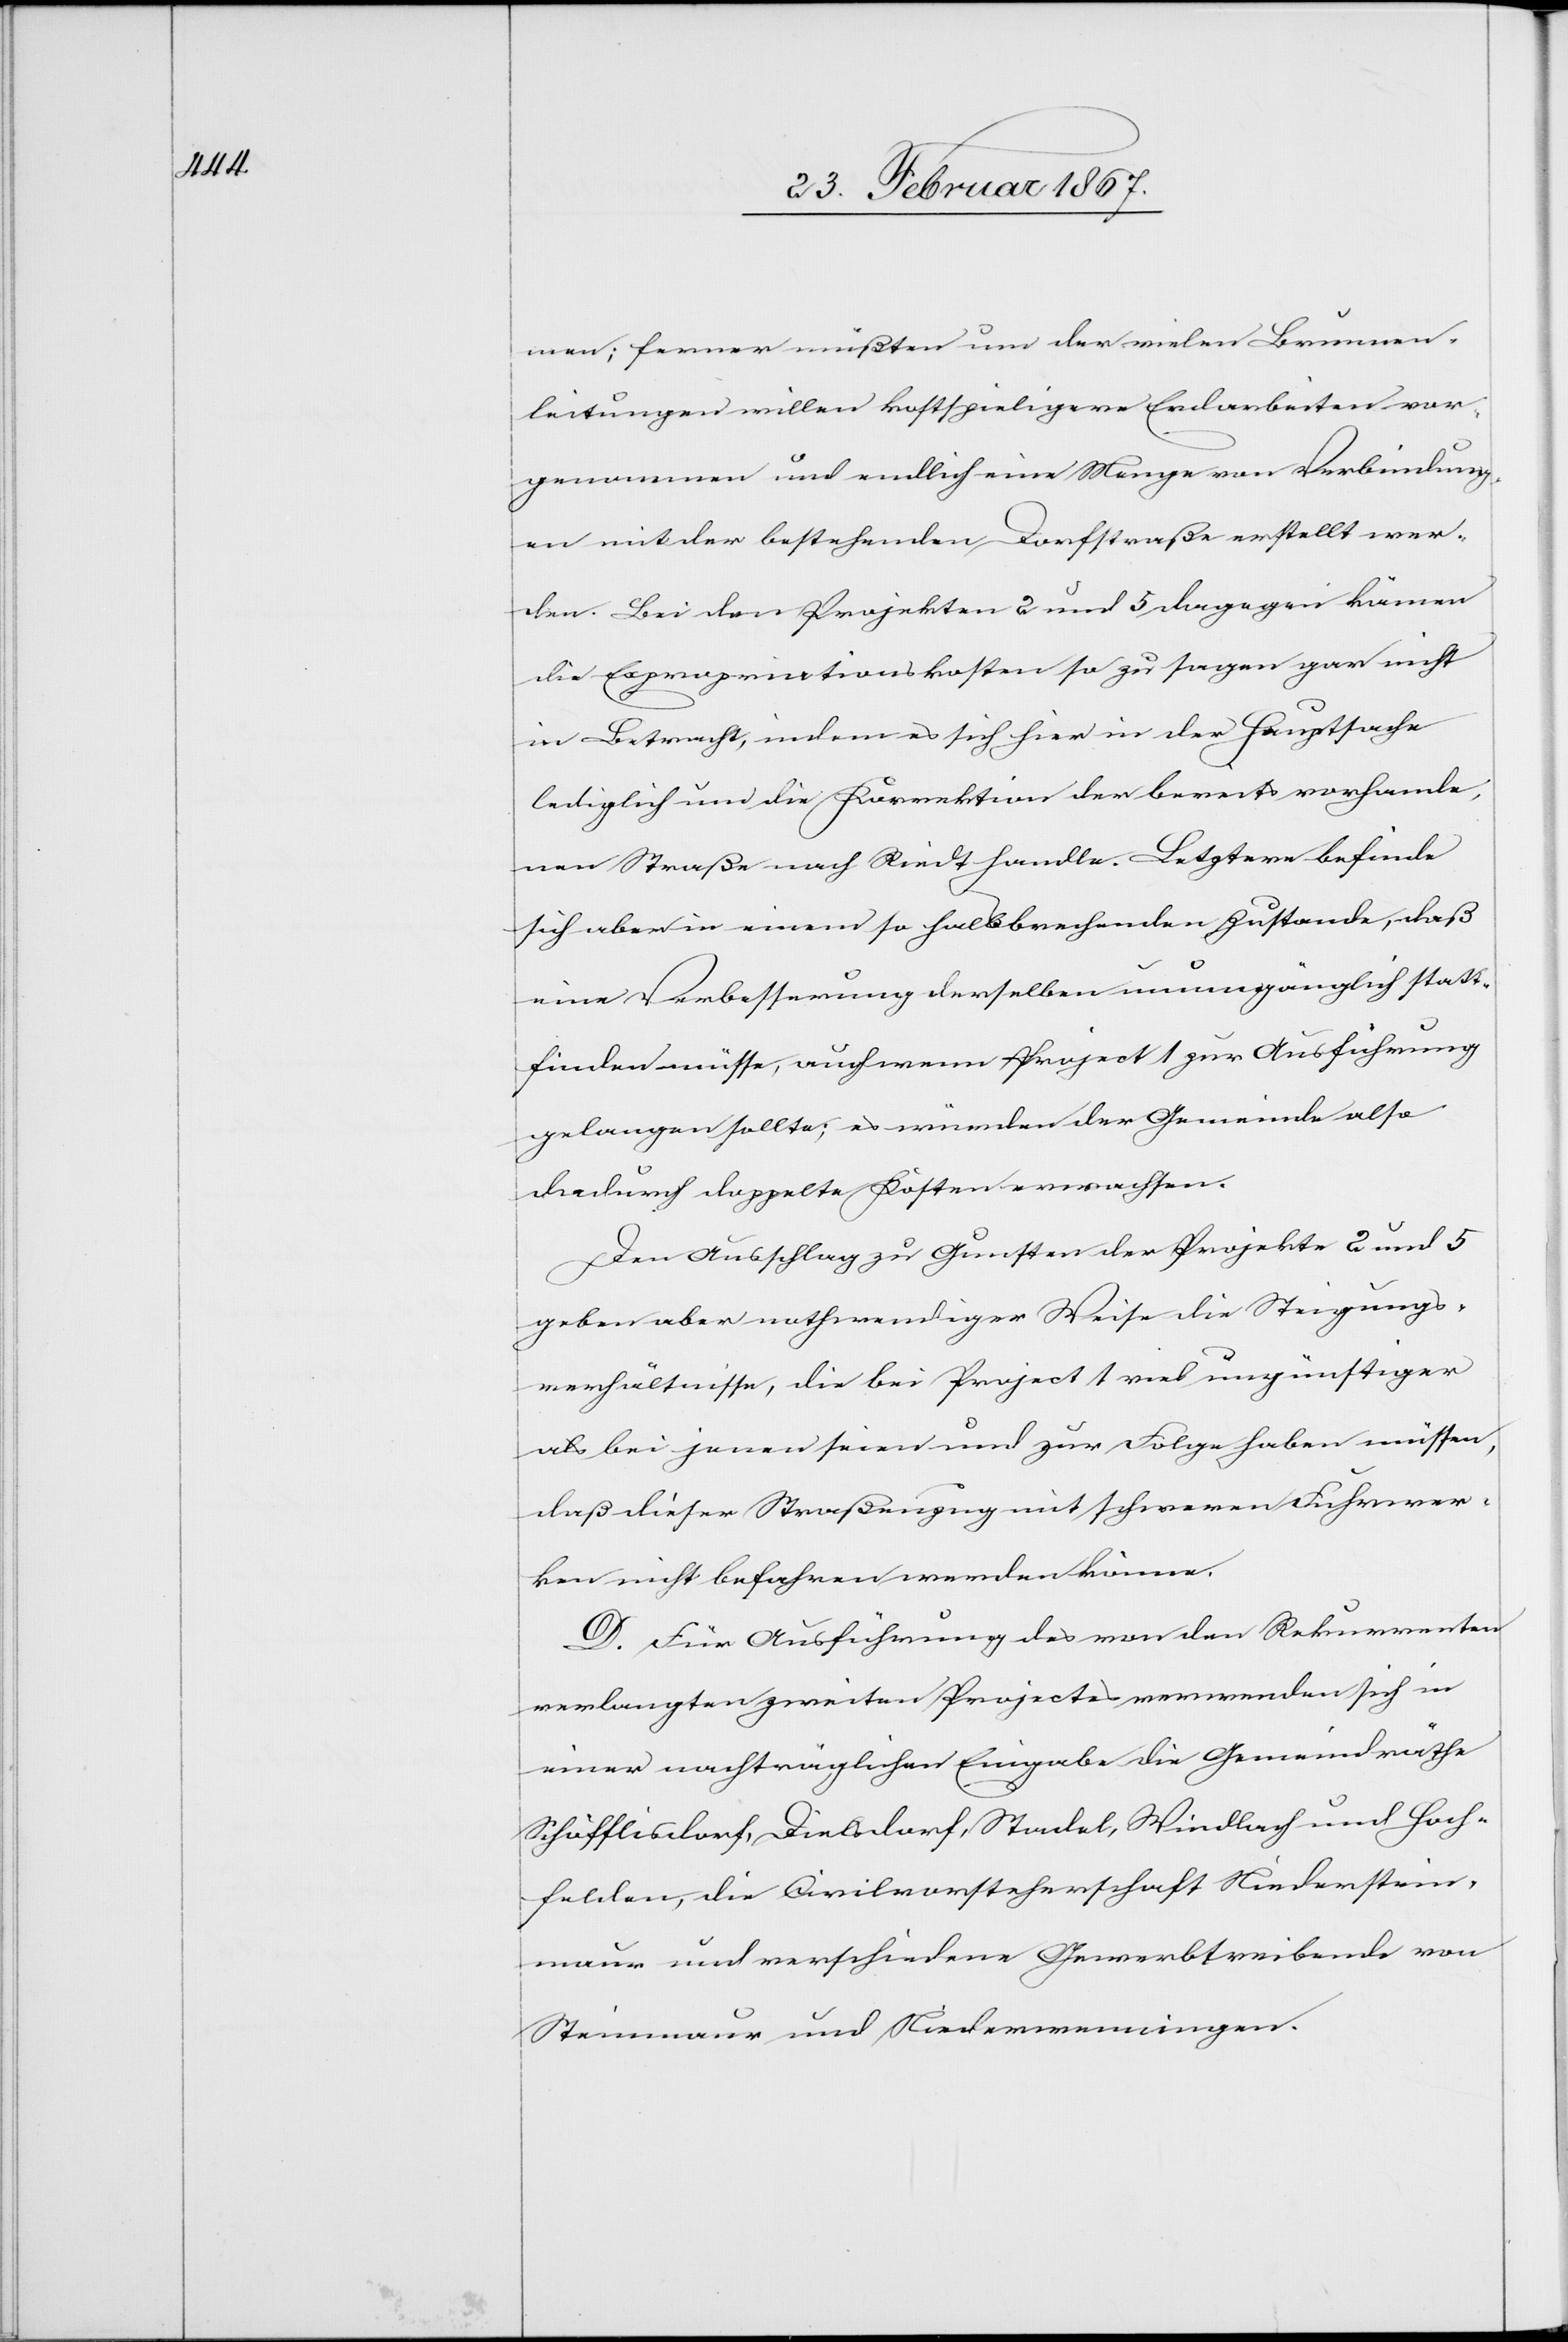
men; ferner müßten um der vielen Brunnen¬
leitungen willen kostspieligere Erdarbeiten vor¬
genommen und endlich eine Menge von Verbindung¬
en mit der bestehenden Dorfstraße erstellt wer¬
den. Bei den Projekten 2 und 5 dagegen kämen
die Expropriationskosten so zu sagen gar nicht
in Betracht, indem es sich hier in der Hauptsache
lediglich um die Korrektion der bereits vorhande¬
nen Straße nach Riedt handle. Letztere befinde
sich aber in einem so halsbrechenden Zustande, daß
eine Verbesserung derselben unumgänglich statt¬
finden müsse, auch wenn Projekt 1 zur Ausführung
gelangen sollte; es würden der Gemeinde also
dadurch doppelte Kosten erwachsen.
Den Ausschlag zu Gunsten der Projekte 2 und 5
geben aber nothwendiger Weise die Steigungs¬
verhältnisse, die bei Project 1 viel ungünstiger
als bei jenen seien und zur Folge haben müssen,
daß dieser Straßenzug mit schweren Fuhrwer¬
ken nicht befahren werden könne.
D. Für Ausführung des von den Rekurrenten
verlangten zweiten Projectes verwenden sich in
einer nachträglichen Eingabe die Gemeindräthe
Schöfflisdorf, Dielsdorf, Stadel, Windlach und Hoch¬
felden, die Civilvorsteherschaft Niederstein¬
maur und verschiedene Gewerbtreibende von
Steinmaur und Niederwenningen.